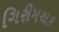
ગિરીમથક